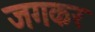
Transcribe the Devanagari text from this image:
जगकर